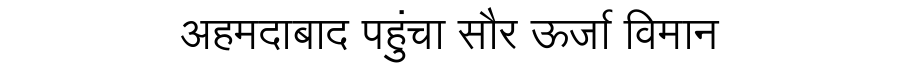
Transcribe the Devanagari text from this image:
अहमदाबाद पहुंचा सौर ऊर्जा विमान